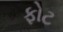
ફોટ